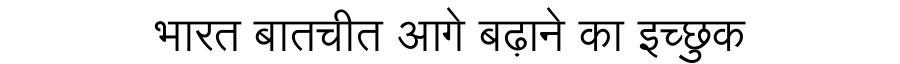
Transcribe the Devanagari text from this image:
भारत बातचीत आगे बढ़ाने का इच्छुक